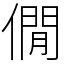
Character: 僩